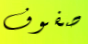
صفوف